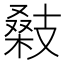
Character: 𢻚